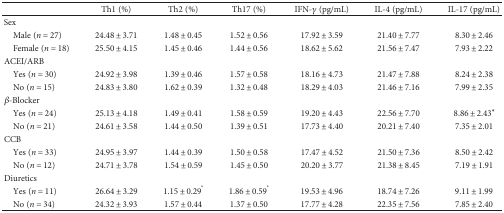
<table><thead><tr><td></td><td><b>Th1 (%)</b></td><td><b>Th2 (%)</b></td><td><b>Th17 (%)</b></td><td><b>IFN-<i>γ</i> (pg/mL)</b></td><td><b>IL-4 (pg/mL)</b></td><td><b>IL-17 (pg/mL)</b></td></tr></thead><tbody><tr><td colspan="7">Sex</td></tr><tr><td> Male (<i>n</i> = 27)</td><td>24.48 ± 3.71</td><td>1.48 ± 0.45</td><td>1.52 ± 0.56</td><td>17.92 ± 3.59</td><td>21.40 ± 7.77</td><td>8.30 ± 2.46</td></tr><tr><td> Female (<i>n</i> = 18)</td><td>25.50 ± 4.15</td><td>1.45 ± 0.46</td><td>1.44 ± 0.56</td><td>18.62 ± 5.62</td><td>21.56 ± 7.47</td><td>7.93 ± 2.22</td></tr><tr><td colspan="7">ACEI/ARB</td></tr><tr><td> Yes (<i>n</i> = 30)</td><td>24.92 ± 3.98</td><td>1.39 ± 0.46</td><td>1.57 ± 0.58</td><td>18.16 ± 4.73</td><td>21.47 ± 7.88</td><td>8.24 ± 2.38</td></tr><tr><td> No (<i>n</i> = 15)</td><td>24.83 ± 3.80</td><td>1.62 ± 0.39</td><td>1.32 ± 0.48</td><td>18.29 ± 4.03</td><td>21.46 ± 7.16</td><td>7.99 ± 2.35</td></tr><tr><td colspan="7"><i>β</i>-Blocker</td></tr><tr><td> Yes (<i>n</i> = 24)</td><td>25.13 ± 4.18</td><td>1.49 ± 0.41</td><td>1.58 ± 0.59</td><td>19.20 ± 4.43</td><td>22.56 ± 7.70</td><td>8.86 ± 2.43∗</td></tr><tr><td> No (<i>n</i> = 21)</td><td>24.61 ± 3.58</td><td>1.44 ± 0.50</td><td>1.39 ± 0.51</td><td>17.73 ± 4.40</td><td>20.21 ± 7.40</td><td>7.35 ± 2.01</td></tr><tr><td colspan="7">CCB</td></tr><tr><td> Yes (<i>n</i> = 33)</td><td>24.95 ± 3.97</td><td>1.44 ± 0.39</td><td>1.50 ± 0.58</td><td>17.47 ± 4.52</td><td>21.50 ± 7.36</td><td>8.50 ± 2.42</td></tr><tr><td> No (<i>n</i> = 12)</td><td>24.71 ± 3.78</td><td>1.54 ± 0.59</td><td>1.45 ± 0.50</td><td>20.20 ± 3.77</td><td>21.38 ± 8.45</td><td>7.19 ± 1.91</td></tr><tr><td colspan="7">Diuretics</td></tr><tr><td> Yes (<i>n</i> = 11)</td><td>26.64 ± 3.29</td><td>1.15 ± 0.29<sup>*</sup></td><td>1.86 ± 0.59<sup>*</sup></td><td>19.53 ± 4.96</td><td>18.74 ± 7.26</td><td>9.11 ± 1.99</td></tr><tr><td> No (<i>n</i> = 34)</td><td>24.32 ± 3.93</td><td>1.57 ± 0.44</td><td>1.37 ± 0.50</td><td>17.77 ± 4.28</td><td>22.35 ± 7.56</td><td>7.85 ± 2.40</td></tr></tbody></table>